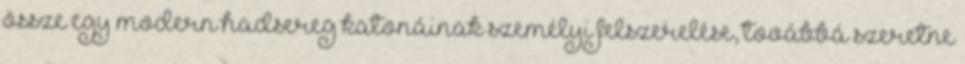
össze egy modern hadsereg katonáinak személyi felszerelése, továbbá szeretne